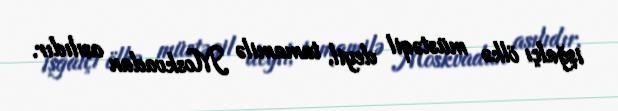
işğalçı ölkə müstəqil deyil, tamamilə Moskvadan asılıdır.